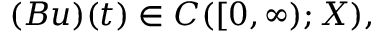
( B u ) ( t ) \in C ( [ 0 , \infty ) ; X ) ,